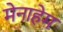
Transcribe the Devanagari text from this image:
मेनाहेम